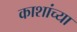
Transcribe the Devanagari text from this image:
काशांच्या